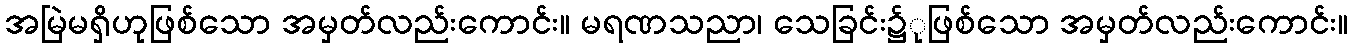
အမြဲမရှိဟုဖြစ်သော အမှတ်လည်းကောင်း။ မရဏသညာ၊ သေခြင်း၌ုဖြစ်သော အမှတ်လည်းကောင်း။